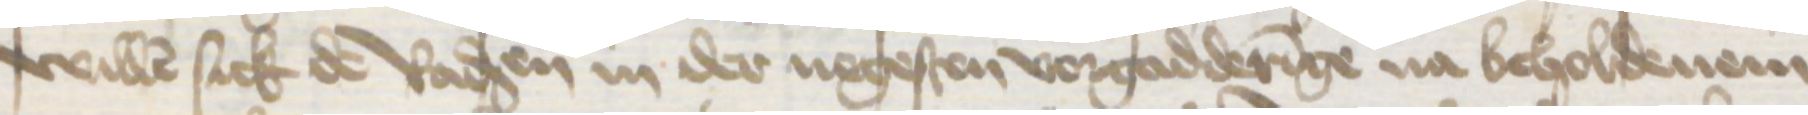
willen sick de Radsen in der negesten vorgadderinge na beholdenem